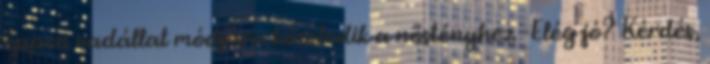
éppen vadállat módjára közeledik a nőstényhez. -Elég jó? Kérdés,